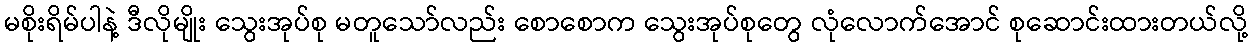
မစိုးရိမ်ပါနဲ့ ဒီလိုမျိုး သွေးအုပ်စု မတူသော်လည်း စောစောက သွေးအုပ်စုတွေ လုံလောက်အောင် စုဆောင်းထားတယ်လို့